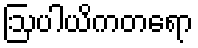
ဩပါယိကတရော